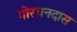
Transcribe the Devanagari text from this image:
गोरधनदास